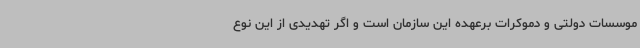
موسسات دولتی و دموکرات برعهده این سازمان است و اگر تهدیدی از این نوع